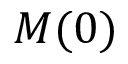
M ( 0 )